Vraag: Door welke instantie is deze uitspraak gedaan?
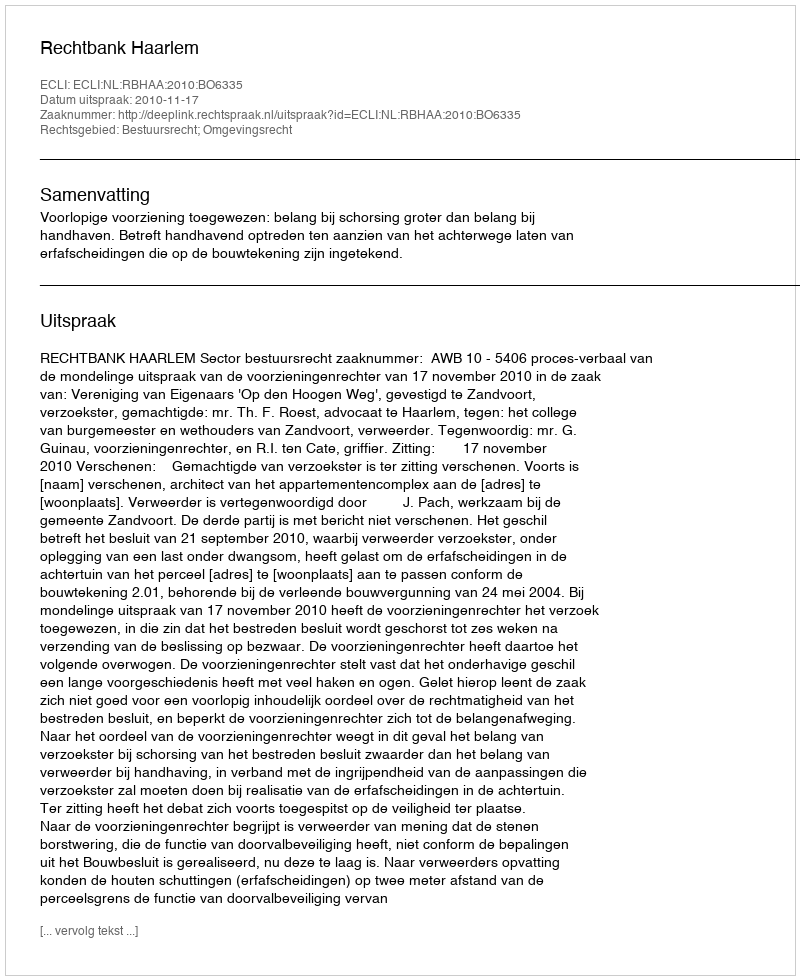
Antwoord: Rechtbank Haarlem